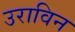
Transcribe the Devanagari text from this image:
उराविन